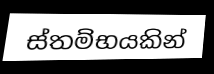
ස්තම්භයකින්